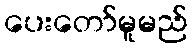
ပေးတော်မူမည်